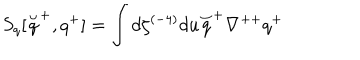
LaTeX: S _ { q } [ \stackrel { \smile } { q } ^ { + } , q ^ { + } ] = \int d \zeta ^ { ( - 4 ) } d u \stackrel { \smile } { q } ^ { + } \nabla ^ { + + } q ^ { + }